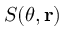
S ( \theta , { \bf r } )